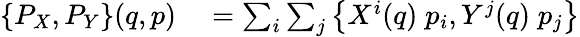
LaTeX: \begin{array}{rl}{\{ P_{X},P_{Y}\} (q,p)}&{{}=\sum_{i}\sum_{j}\left\{ X^{i}(q)\; p_{i},Y^{j}(q)\; p_{j}\right\} }\end{array}